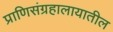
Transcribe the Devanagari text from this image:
प्राणिसंग्रहालायातील